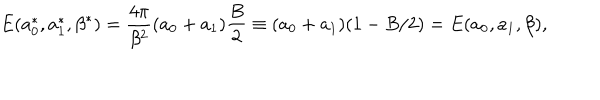
LaTeX: E ( a _ { 0 } ^ { * } , a _ { 1 } ^ { * } , \beta ^ { * } ) = \frac { 4 \pi } { \beta ^ { 2 } } ( a _ { 0 } + a _ { 1 } ) \frac { B } { 2 } \equiv ( a _ { 0 } + a _ { 1 } ) ( 1 - B / 2 ) = E ( a _ { 0 } , a _ { 1 } , \beta ) ,